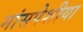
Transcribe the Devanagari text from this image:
मांसपेशीया